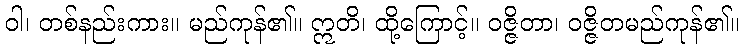
ဝါ၊ တစ်နည်းကား။ မည်ကုန်၏။ ဣတိ၊ ထို့ကြောင့်။ ဝဇ္ဇိတာ၊ ဝဇ္ဇိတမည်ကုန်၏။